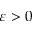
\varepsilon > 0